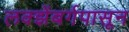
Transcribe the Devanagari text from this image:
लक्झेंबर्गपासून